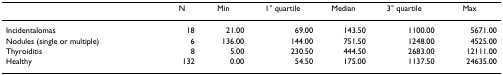
|  | N | Min | 1° quartile | Median | 3° quartile | Max |
 | --- | --- | --- | --- | --- | --- | --- |
 | Incidentalomas | 18 | 21.00 | 69.00 | 143.50 | 1100.00 | 5671.00 |
 | Nodules (single or multiple) | 6 | 136.00 | 144.00 | 751.50 | 1248.00 | 4525.00 |
 | Thyroiditis | 8 | 5.00 | 230.50 | 444.50 | 2683.00 | 12111.00 |
 | Healthy | 132 | 0.00 | 54.50 | 175.00 | 1137.50 | 24635.00 |